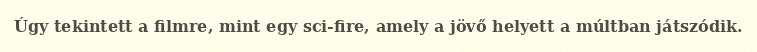
Úgy tekintett a filmre, mint egy sci-fire, amely a jövő helyett a múltban játszódik.